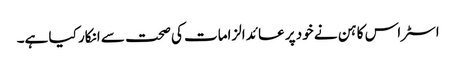
اسٹراس کاہن نے خود پر عائد الزامات کی صحت سے انکار کیا ہے۔